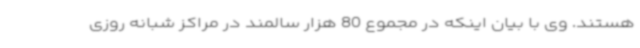
هستند. وی با بیان اینکه در مجموع 80 هزار سالمند در مراکز شبانه روزی